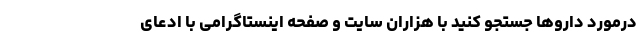
درمورد داروها جستجو کنید با هزاران سایت و صفحه اینستاگرامی با ادعای